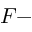
F -